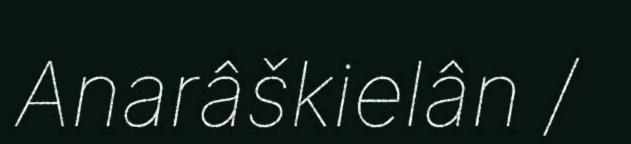
Anarâškielân /